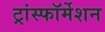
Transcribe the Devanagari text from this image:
ट्रांस्फॉर्मेशन